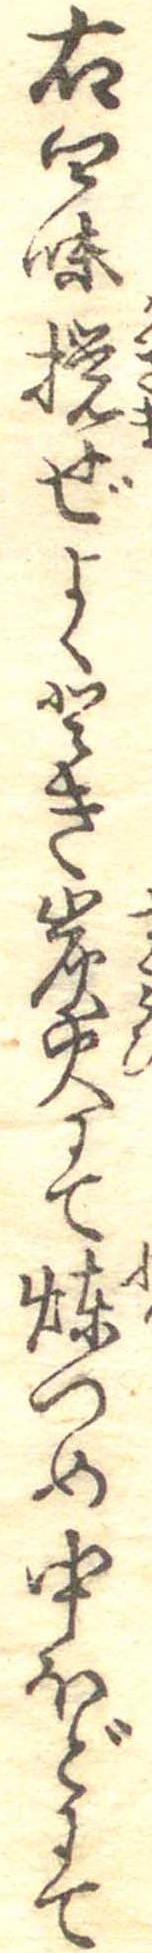
右四味撹ぜよくとき炭火にて煉つめ中ほどにて